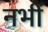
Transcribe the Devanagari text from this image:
नभीं